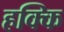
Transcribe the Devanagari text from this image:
हक्कि